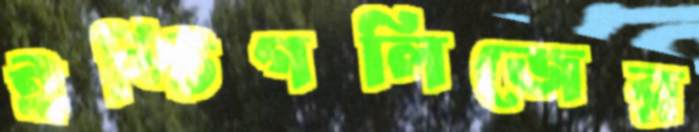
ইস্টিগলিজের